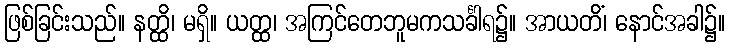
ဖြစ်ခြင်းသည်။ နတ္ထိ၊ မရှိ။ ယတ္ထ၊ အကြင်တေဘူမကသင်္ခါရ၌။ အာယတိံ၊ နောင်အခါ၌။